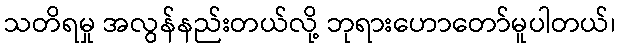
သတိရမှု အလွန်နည်းတယ်လို့ ဘုရားဟောတော်မူပါတယ်၊